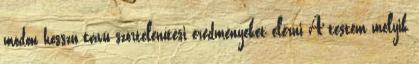
módon hosszú távú szörtelenítési eredményeket elérni A testem melyik